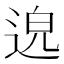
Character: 𨓅